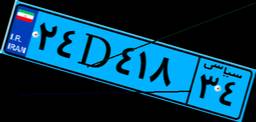
۵۳D۴۹۱۸۵